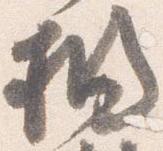
橘